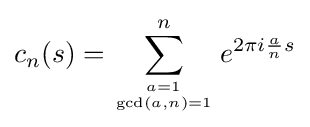
c_{n}(s)=\sum _{a=1 \atop \gcd(a,n)=1}^{n}e^{2\pi i{\frac {a}{n}}s}